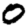
Digit: 0